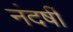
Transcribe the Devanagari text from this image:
नंदर्षी